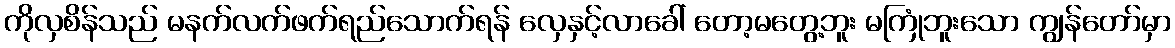
ကိုလှစိန်သည် မနက်လက်ဖက်ရည်သောက်ရန် လှေနှင့်လာခေါ် တော့မတွေ့ဘူး မကြုံဘူးသော ကျွန်တော်မှာ